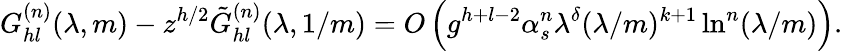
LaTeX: G_{hl}^{(n)}(\lambda,m)-z^{h/2}\tilde{G}_{hl}^{(n)}(\lambda,1/m)=O\left(g^{h+l-2}\alpha_{s}^{n}\lambda^{\delta}(\lambda/m)^{k+1}\ln^{n}(\lambda/m)\right).